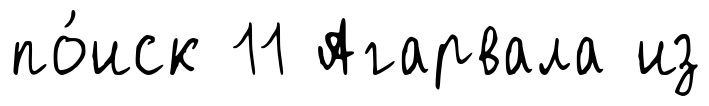
по́иск 11 Агарвала из